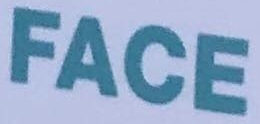
FACE